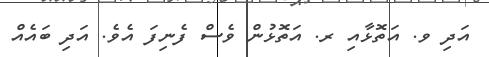
އަދި ވ. އަތޮޅާއި ރ. އަތޮޅުން ވެސް ފެނިފަ އެވެ. އަދި ބައެއް